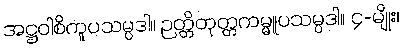
အဋ္ဌဝါစိကူပသမ္ပဒါ။ ဉတ္တိတုတ္တကမ္မူပသမ္ပဒါ။ ၄-မျိုး၊